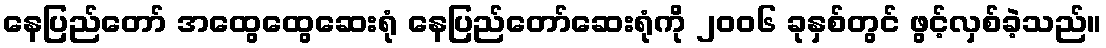
နေပြည်တော် အထွေထွေဆေးရုံ နေပြည်တော်ဆေးရုံကို ၂၀၀၆ ခုနှစ်တွင် ဖွင့်လှစ်ခဲ့သည်။